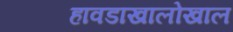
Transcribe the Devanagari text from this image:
हावडाखालोखाल